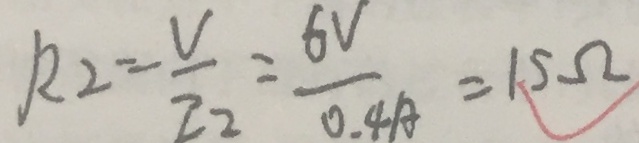
R 2 = \frac { V } { 2 2 } = \frac { 6 V } { 0 . 4 A } = 1 5 \Omega